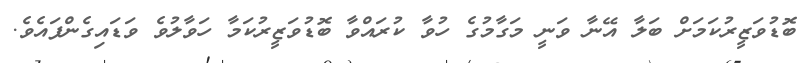
ބޮޑުވަޒީރުކަމަށް ބަލާ އޭނާ ވަނީ މަގާމުގެ ހުވާ ކުރައްވާ ބޮޑުވަޒީރުކަމާ ހަވާލުވެ ވަޑައިގެންފައެވެ.